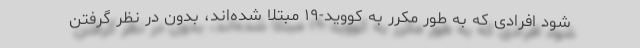
شود افرادی که به طور مکرر به کووید-۱۹ مبتلا شده‌اند، بدون در نظر گرفتن